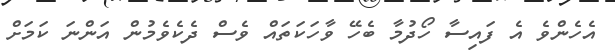
އެހެންވެ އެ ފައިސާ ހޯދުމާ ބެހޭ ވާހަކަތައް ވެސް ދެކެވެމުން އަންނަ ކަމަށް